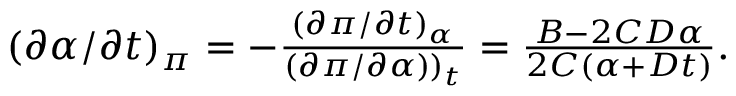
\begin{array} { r } { ( \partial \alpha / \partial { t } ) _ { \pi } = - \frac { ( \partial \pi / \partial { t } ) _ { \alpha } } { ( \partial \pi / \partial \alpha ) ) _ { t } } = \frac { B - 2 C D \alpha } { 2 C ( \alpha + D t ) } . } \end{array}